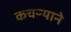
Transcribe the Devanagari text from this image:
कचऱ्याने